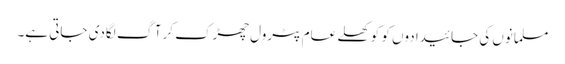
مسلمانوں کی جائیدادوں کو کو کھلے عام پٹرول چھڑک کرآگ لگادی جاتی ہے۔